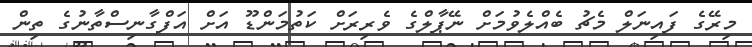
މިރޭގެ ފައިނަލް މެޗު ބެއްލެވުމަށް ނޭޕާލްގެ ވެރިރަށް ކަތުމަންޑޫ އަށް އަފްގާނިސްތާނުގެ ތިން